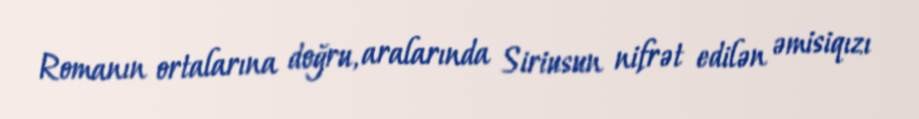
Romanın ortalarına doğru, aralarında Siriusun nifrət edilən əmisiqızı